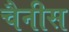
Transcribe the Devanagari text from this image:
चैनीस